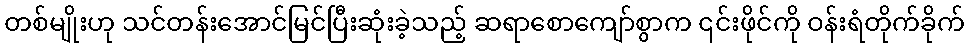
တစ်မျိုးဟု သင်တန်းအောင်မြင်ပြီးဆုံးခဲ့သည့် ဆရာစောကျော်စွာက ၎င်းဖိုင်ကို ဝန်းရံတိုက်ခိုက်